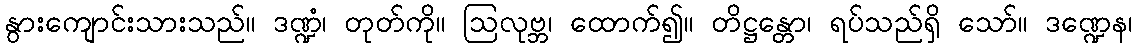
နွားကျောင်းသားသည်။ ဒဏ္ဍံ၊ တုတ်ကို။ ဩလုဗ္ဘ၊ ထောက်၍။ တိဋ္ဌန္တော၊ ရပ်သည်ရှိ သော်။ ဒဏ္ဍေန၊